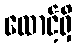
ထောင့်ရှိ